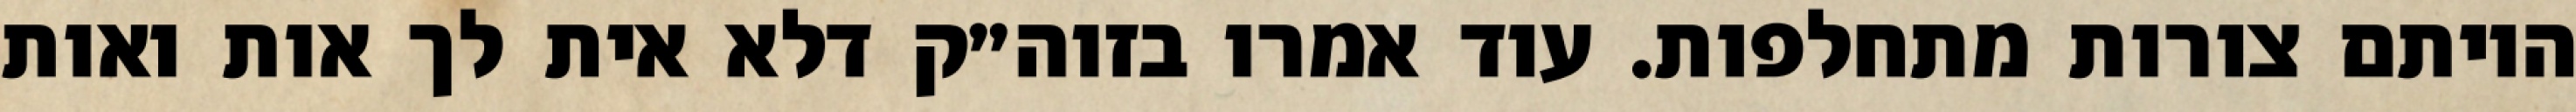
היותם צורות מתחלפות. עוד אמרו בזוה״ק דלא אית לך אות ואות